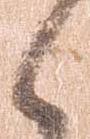
く